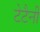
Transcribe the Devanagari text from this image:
टेटैनी